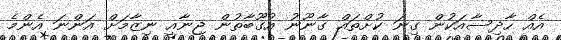
އެއް ހާދިސާއަކުން ގިނަ ކުށްތައް ގާނޫނު އުގޫބާތުން ޖިނާއީ ނިޒާމަށް އަންނަ އެންމެ